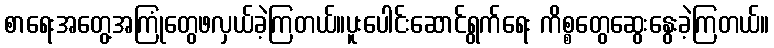
စာရေးအတွေ့အကြုံတွေဖလှယ်ခဲ့ကြတယ်။ပူးပေါင်းဆောင်ရွက်ရေး ကိစ္စတွေဆွေးနွေးခဲ့ကြတယ်။